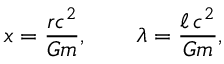
x = \frac { r c ^ { 2 } } { G m } , \qquad \lambda = \frac { \ell \, c ^ { 2 } } { G m } ,